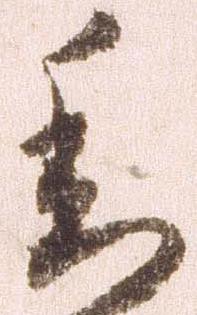
委